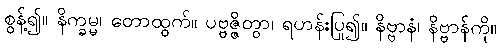
စွန့်၍။ နိက္ခမ္မ၊ တောထွက်။ ပဗ္ဗဇ္ဇိတွာ၊ ရဟန်းပြု၍။ နိဗ္ဗာနံ၊ နိဗ္ဗာန်ကို။